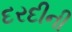
દરદીની